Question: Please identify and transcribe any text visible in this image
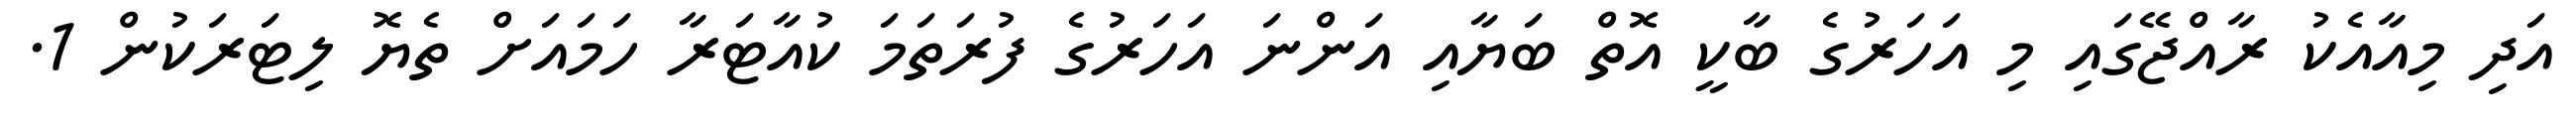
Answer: އަދި މިއާއެކު ރާއްޖޭގައި މި އަހަރުގެ ބާކީ އޮތް ބަޔާއި އަންނަ އަހަރުގެ ފުރަތަމަ ކުއާޓަރާ ހަމައަށް ތެޔޮ ލިޓަރަކުން 1.